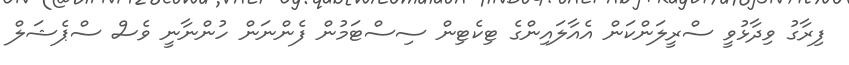
ފިރާގު ވިދާޅުވީ ސްރީލަންކަން އެއާލައިންގެ ޓިކެޓިން ސިސްޓަމުން ފެންނަން ހުންނާނީ ވެސް ސްޕެޝަލް